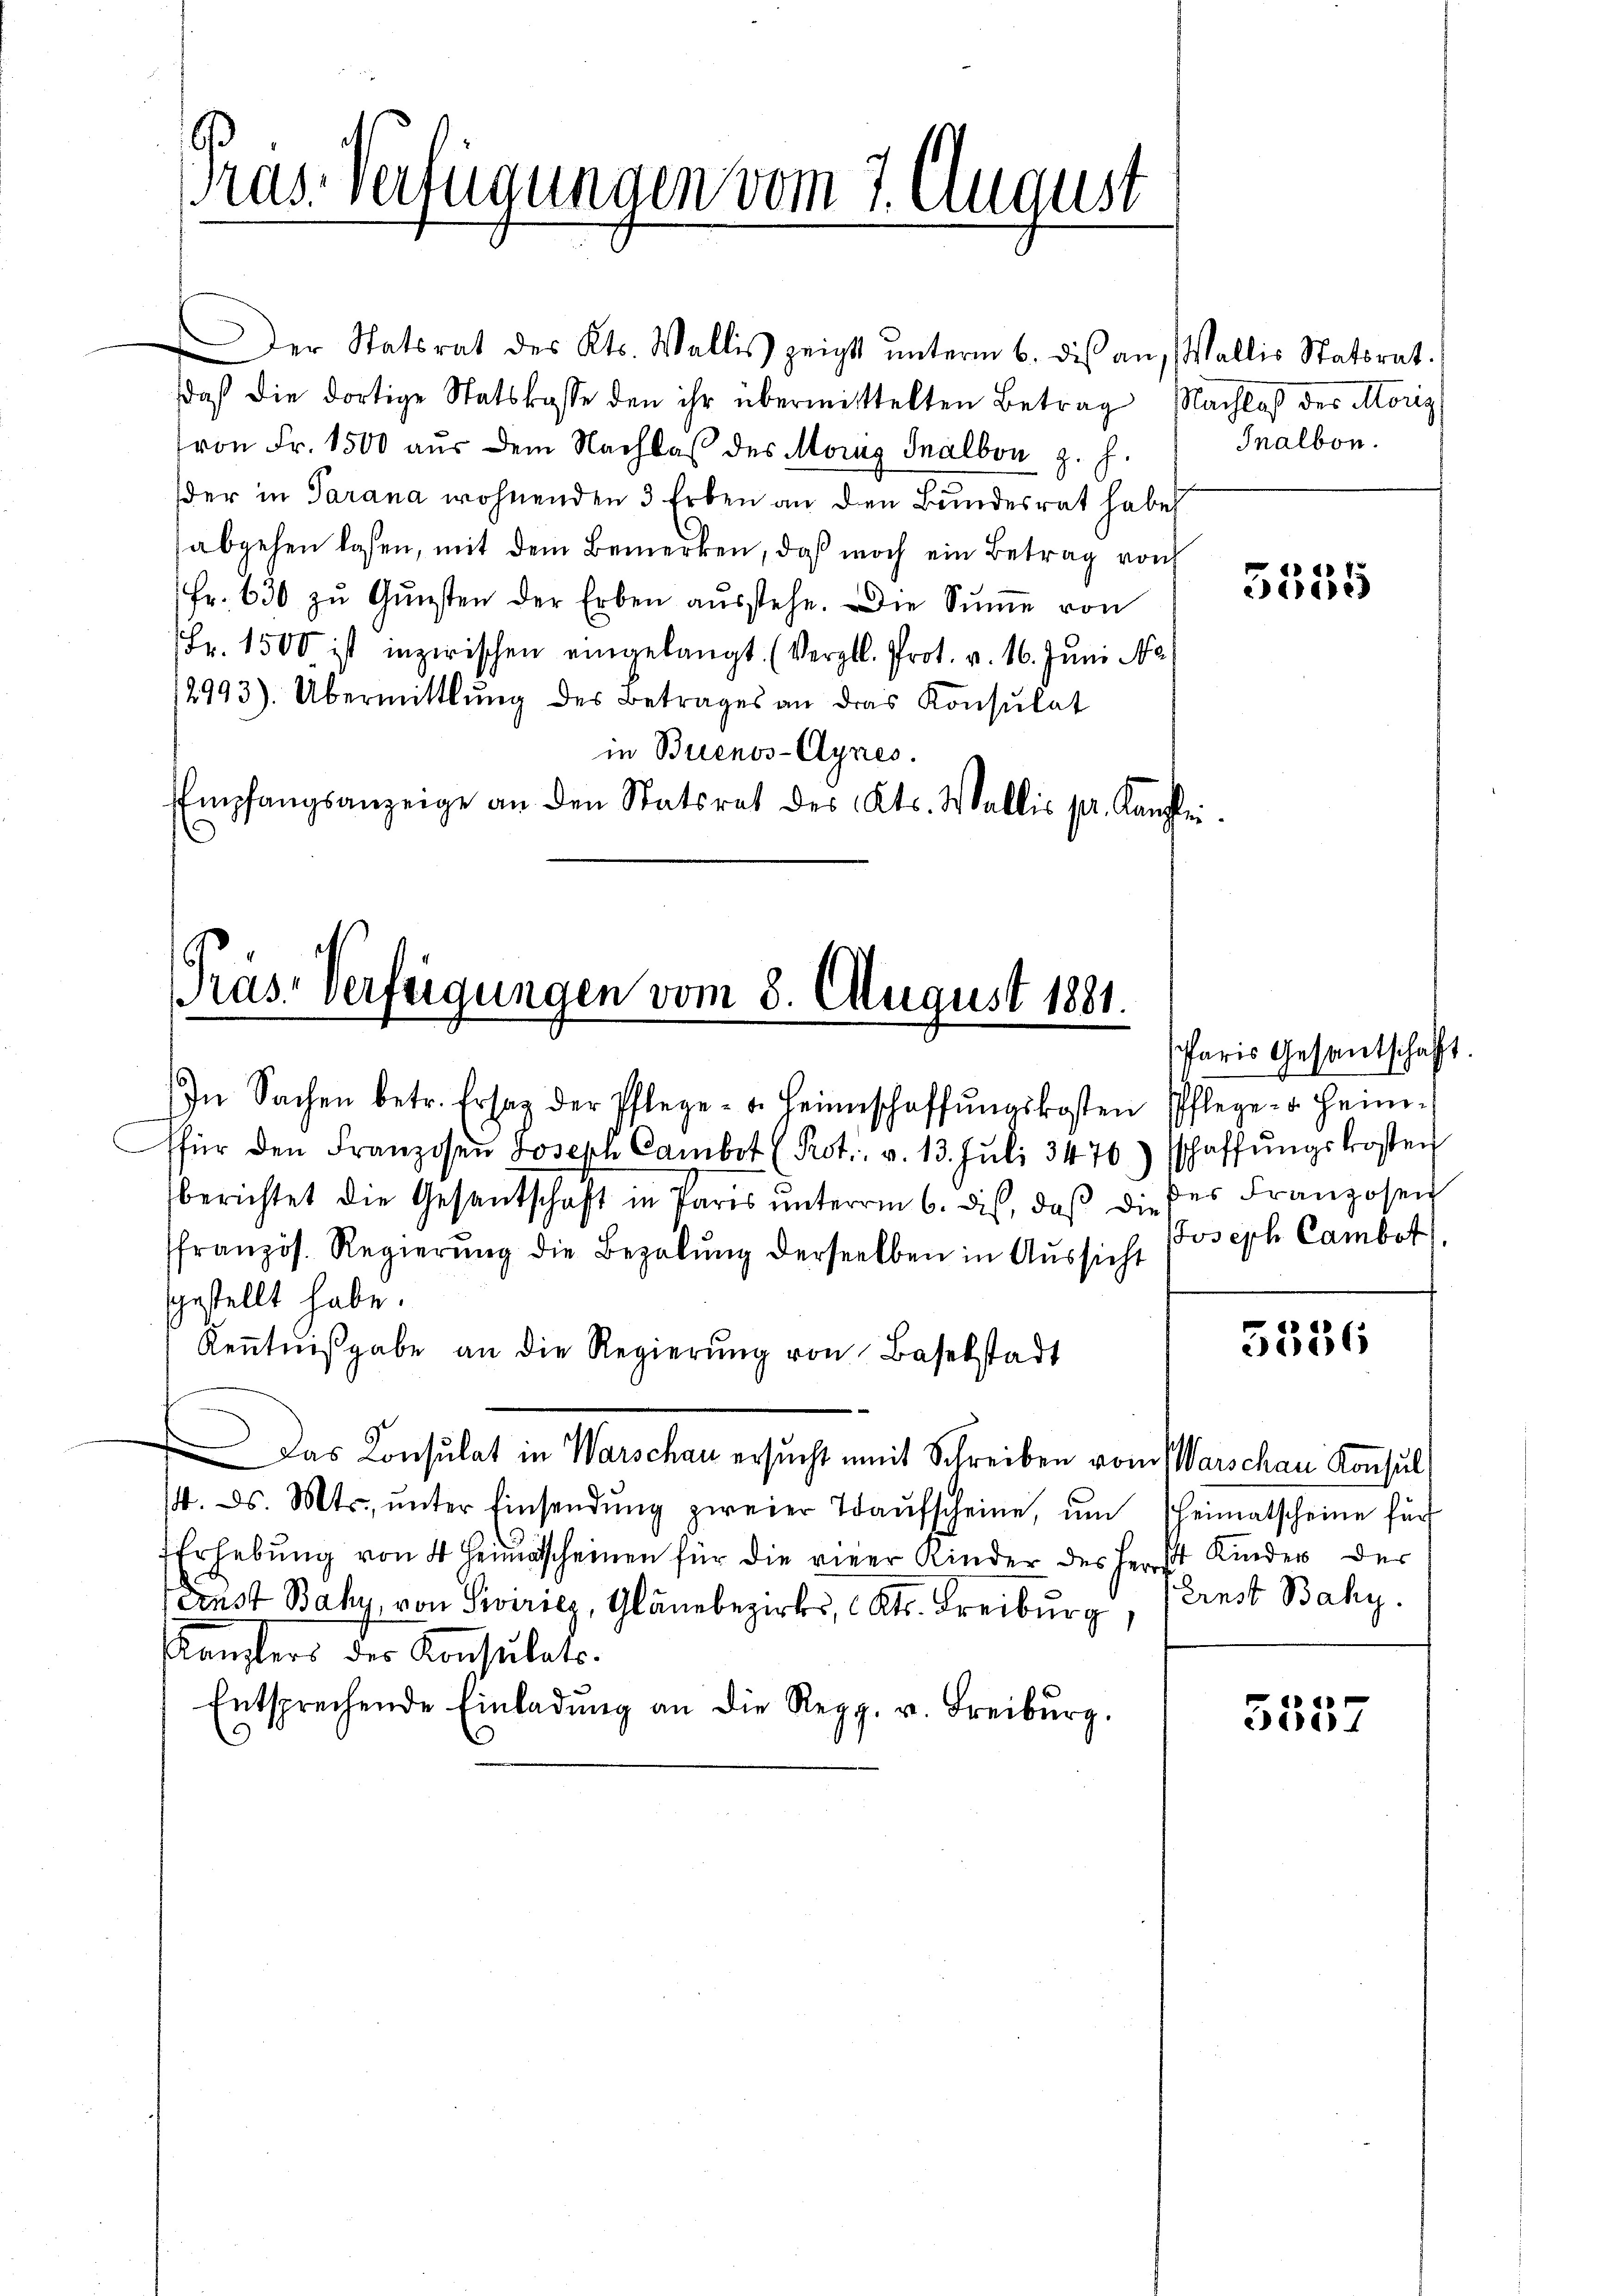
Der Statsrat des Kts. Wallis zeigt ŭnterm 6. dis an, Wallis Statsrat.
daß die dortige Statskasse den ihr übermittelten Betrag Nachlaß des Morig
von Fr. 1500 aus dem Nachlaß des Morig Inalbon z. H.
der in Parana wohnenden 3 Erben an den Bundesrat habe
abgehen lasen, mit dem Bemerken, daß noch ein Betrag noch
Fr. 630 zŭ Gŭnsten der Erben aŭsstehe. Die Sŭṁe von
Fr. 1500 ist inzwischen eingelangt. (Vergl. Prot. v. 16. Juni Na
2993). Übermittlung des Betrages an das Konsŭlat
in Buenos-Aynes.
Empfangsanzeige an den Statsrat des Kts. Wallis pr. Kanzlei

ras. Verfügungen vom 7. August

Präs-Verfeigungen vom 8. August 1881.

ffür den Franzosen Joseph Cambt (Pot., v. 13. Juli 3476) schaffŭngskosten
berichtet die Gesandtschaft in Paris ŭnterm 6. dis, daβ die der Franzosen
ffranzös. Regierŭng die Bezahlŭng derselben in Aŭssicht
gestellt habe.
Keṅtniβgabe an die Regierŭng von Baselstadt
 Das Konsulat in Warschau ersucht mit Schreiben vom Warschau Konsul
/4. ds. Mts. ŭnter Einsendŭng zweier Taŭfscheine, ŭm heimatscheine für
Erhebung von 4 Heimatscheinen für die einer Kinder des Herst Kinder der
Ernst Bahy, von Sivirie, Gläne bezirks, Kts. Freiburg,
Kansters des Konsulats.
Entsprechende Einladŭng an die Regg. u. Freiburg,

In Sachen betr. Ersag der Pflege - u. Heimschaffŭngskosten Pflege u. heim-

Inalbon.

5555

Paris Gesantschaft.
Joseph Camber

5336

Ernst Bahy.

1
550.